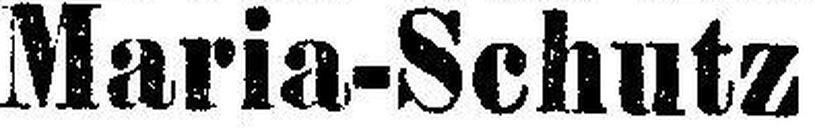
Maria-Schutz